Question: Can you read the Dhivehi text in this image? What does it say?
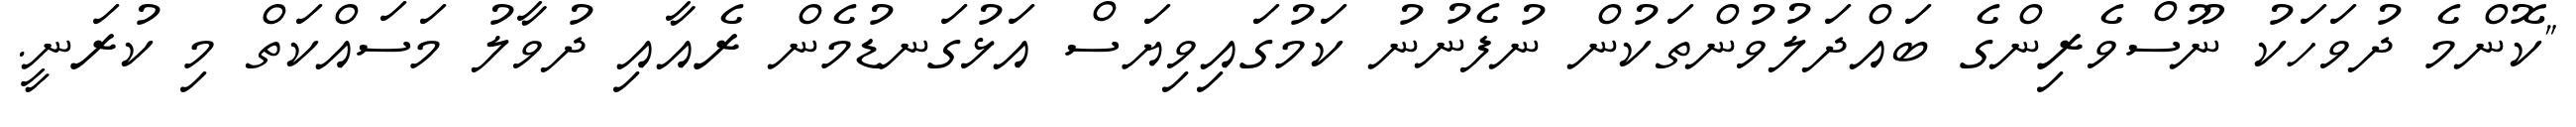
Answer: "ކޮންމެ ދުވަހަކު ނޫސްވެރިންގެ ބައްދަލުވުންތަކުން ނުފެނުނު ކަމުގައިވިޔަސް އަޅުގަނޑުމެން ރެއާއި ދުވާލު މަސައްކަތް މި ކުރަނީ.